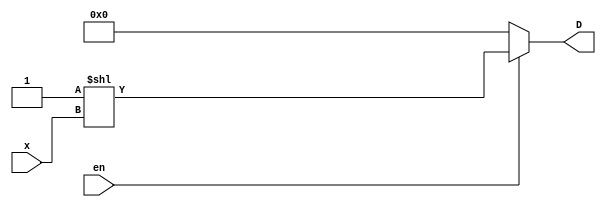
module test(x, D, en);  // The Decoder Fast Version

    input[2:0]     x ;
    
    input          en ;
	 output[7:0]     D ;


    assign D = (en)? 1'b1 << x : 8'h00 ;
    
endmodule